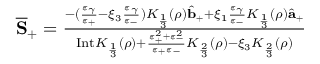
\begin{array} { r } { \overline { { \mathbf { S } } } _ { + } = \frac { - ( \frac { \varepsilon _ { \gamma } } { \varepsilon _ { + } } - \xi _ { 3 } \frac { \varepsilon _ { \gamma } } { \varepsilon _ { - } } ) { K } _ { \frac { 1 } { 3 } } ( \rho ) \hat { { \mathbf b } } _ { + } + \xi _ { 1 } \frac { \varepsilon _ { \gamma } } { \varepsilon _ { - } } { K } _ { \frac { 1 } { 3 } } ( \rho ) \hat { { \mathbf a } } _ { + } } { \mathrm { I n t } K _ { \frac { 1 } { 3 } } ( \rho ) + \frac { \varepsilon _ { + } ^ { 2 } + \varepsilon _ { - } ^ { 2 } } { \varepsilon _ { + } \varepsilon _ { - } } { K } _ { \frac { 2 } { 3 } } ( \rho ) - \xi _ { 3 } { K } _ { \frac { 2 } { 3 } } ( \rho ) } } \end{array}